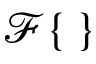
\mathcal F \{ \, \}